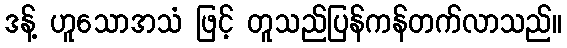
ဒန့် ဟူသောအသံ ဖြင့် တူသည်ပြန်ကန်တက်လာသည်။